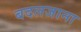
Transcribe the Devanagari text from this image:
बदलजाना